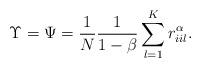
LaTeX: \begin{align*} \Upsilon = \Psi = \frac{1}{N} \frac{1}{1-\beta}\sum_{l=1}^K r_{iil}^\alpha.\end{align*}